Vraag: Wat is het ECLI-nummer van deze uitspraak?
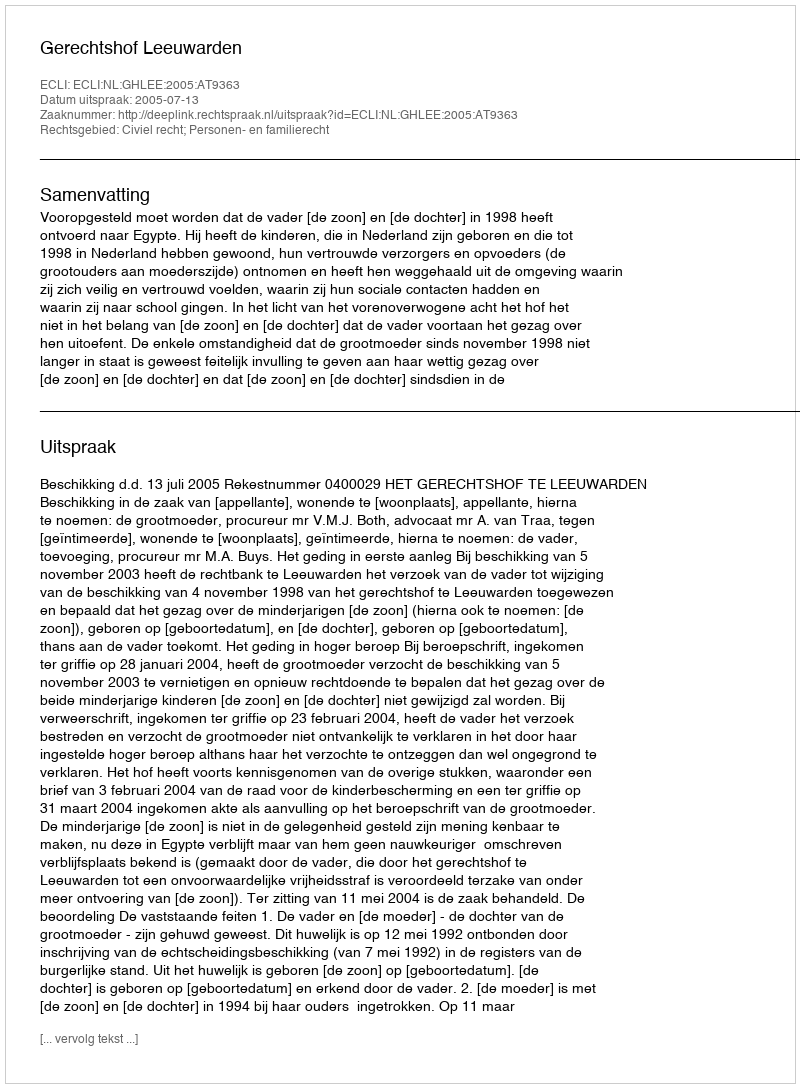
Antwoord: ECLI:NL:GHLEE:2005:AT9363